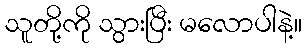
သူတို့ကို သွားပြီး မလောပါနဲ့။